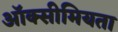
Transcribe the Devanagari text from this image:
ऑक्सीमियता